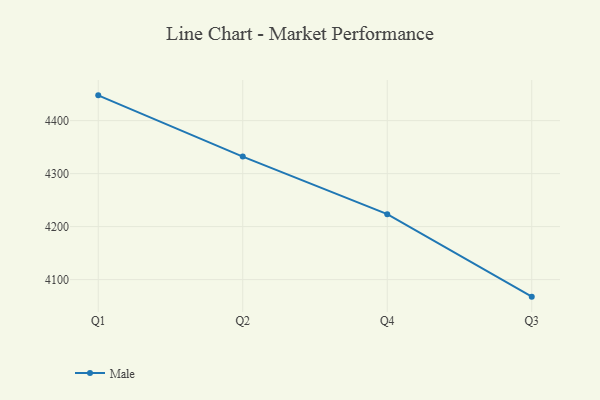
{"axis": {"x": "Quarter", "y": "Shipments"}, "legend": ["Male"], "data": [{"x": "Q1", "y": 4447.7, "type": "Male"}, {"x": "Q2", "y": 4332.1, "type": "Male"}, {"x": "Q4", "y": 4223.5, "type": "Male"}, {"x": "Q3", "y": 4067.8, "type": "Male"}]}